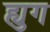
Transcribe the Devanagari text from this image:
ह्युग